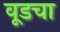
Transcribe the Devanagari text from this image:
वूडचा